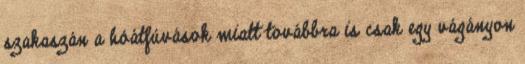
szakaszán a hóátfúvások miatt továbbra is csak egy vágányon